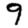
Digit: 9